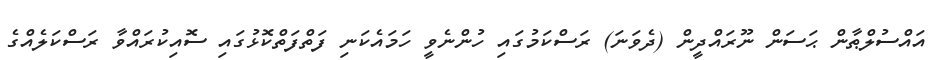
އައްސުލްޠާން ޙަސަން ނޫރައްދީން (ދެވަނަ) ރަސްކަމުގައި ހުންނެވީ ހަމައެކަނި ފަތްފަތްކޮޅުގައި ސޮއިކުރައްވާ ރަސްކަލެއްގެ